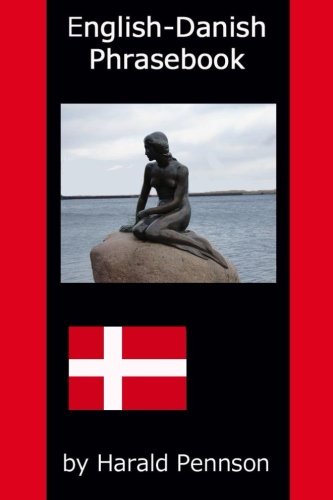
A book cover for English-Danish Phrasebook; Harald Pennson; Travel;